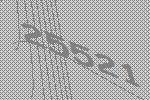
25521